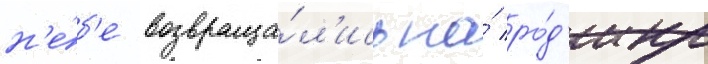
н'е́б'е возвраща́л'ись на́ ро́д'ину